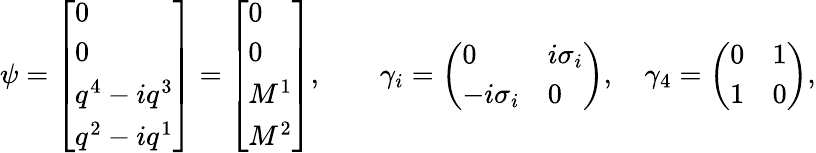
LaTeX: \psi=\left[\begin{array}{l}{{0}}\\ {{0}}\\ {{q^{4}-iq^{3}}}\\ {{q^{2}-iq^{1}}}\end{array}\right]=\left[\begin{array}{l}{{0}}\\ {{0}}\\ {{M^{1}}}\\ {{M^{2}}}\end{array}\right],\quad\quad\gamma_{i}=\left(\begin{array}{ll}{{0}}&{{i\sigma_{i}}}\\ {{-i\sigma_{i}}}&{{0}}\end{array}\right),\quad\gamma_{4}=\left(\begin{array}{ll}{{0}}&{{1}}\\ {{1}}&{{0}}\end{array}\right),